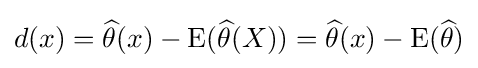
d(x)={\widehat {\theta }}(x)-\operatorname {E} ({\widehat {\theta }}(X))={\widehat {\theta }}(x)-\operatorname {E} ({\widehat {\theta }})